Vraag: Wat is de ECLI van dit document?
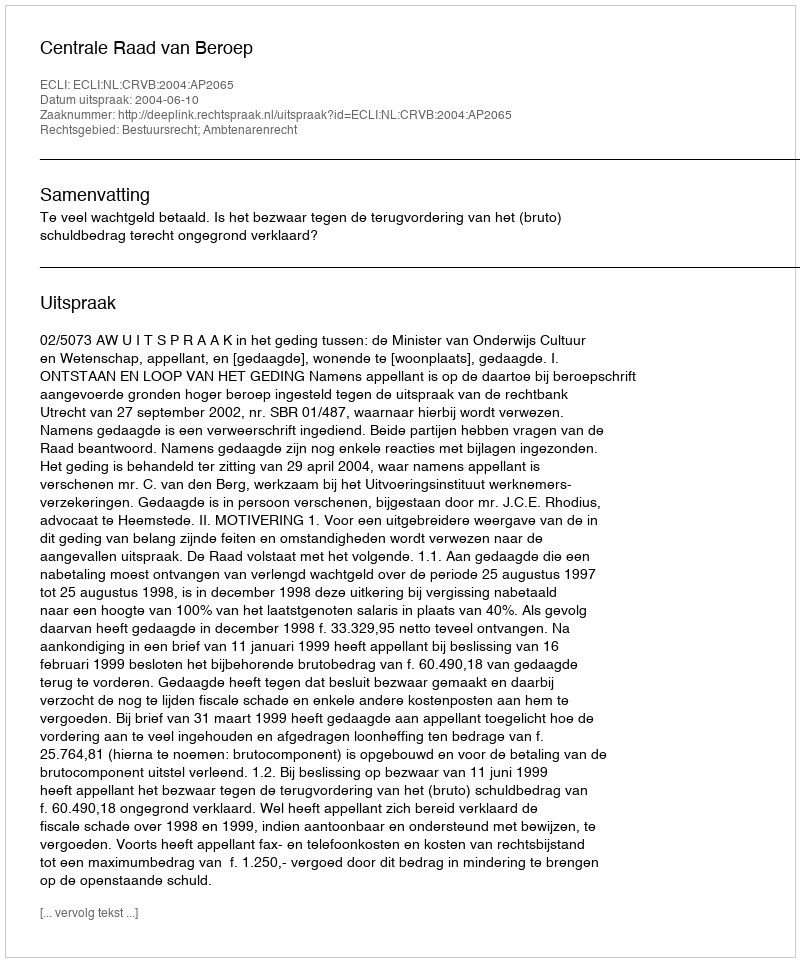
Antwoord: ECLI:NL:CRVB:2004:AP2065